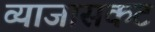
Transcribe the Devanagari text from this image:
व्याजासकट